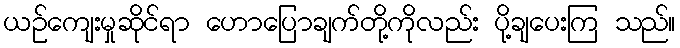
ယဉ်ကျေးမှုဆိုင်ရာ ဟောပြောချက်တို့ကိုလည်း ပို့ချပေးကြ သည်။